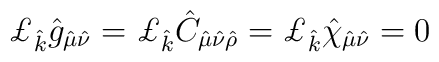
\pounds_{\hat{k}} \hat{g}_{\hat{\mu}\hat{\nu}} =\pounds_{\hat{k}} \hat{C}_{\hat{\mu}\hat{\nu}\hat{\rho}}=\pounds_{\hat{k}} \hat{\chi}_{\hat{\mu}\hat{\nu}}=0